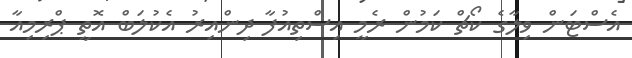
އެެސްޓަން ވިލާގެ ކޯޗް ކަމުން ރެމީ އިސްތިއުފާ ދިންއިރު އެކުލަބް އޮތީ ޕްރިމިއާ